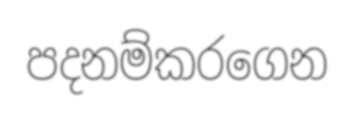
පදනම්කරගෙන